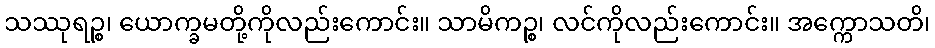
သဿုရဉ္စ၊ ယောက္ခမတို့ကိုလည်းကောင်း။ သာမိကဉ္စ၊ လင်ကိုလည်းကောင်း။ အက္ကောသတိ၊